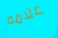
علامه